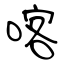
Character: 喀